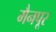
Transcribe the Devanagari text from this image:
मैनपूर